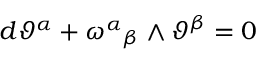
d \vartheta ^ { \alpha } + \omega ^ { \alpha } { } _ { \beta } \wedge \vartheta ^ { \beta } = 0